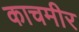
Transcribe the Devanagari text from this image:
काचमीर